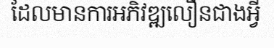
ដែលមានការអភិវឌ្ឍលឿនជាងអ្វី